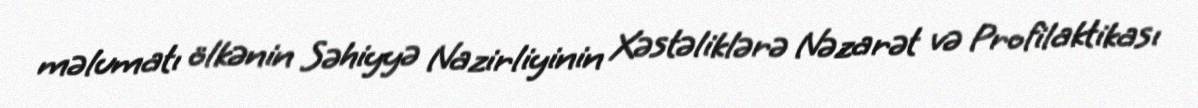
məlumatı ölkənin Səhiyyə Nazirliyinin Xəstəliklərə Nəzarət və Profilaktikası